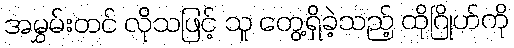
အမွှမ်းတင် လိုသဖြင့် သူ တွေ့ရှိခဲ့သည့် ထိုဂြိုဟ်ကို